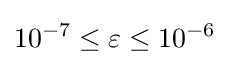
10^{-7}\leq \varepsilon \leq 10^{-6}